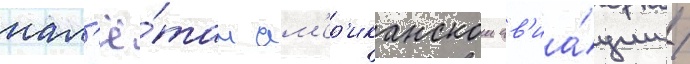
нал'ё́там ам'ер'иканскои ав'иа́ции /